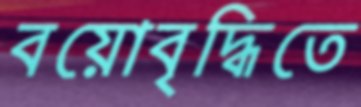
বয়োবৃদ্ধিতে